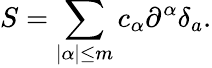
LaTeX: S=\sum_{|\alpha|\leq m}c_{\alpha}\partial^{\alpha}\delta_{a}.